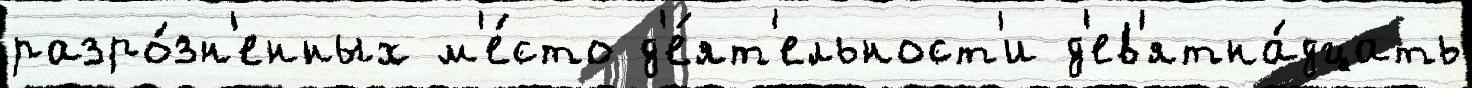
разро́зн'енных м'е́сто д'е́ят'ельност'и д'ев'ятна́дцать